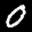
Label: 0